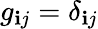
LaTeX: g_{\mathbf{i}j}=\delta_{\mathbf{i}j}